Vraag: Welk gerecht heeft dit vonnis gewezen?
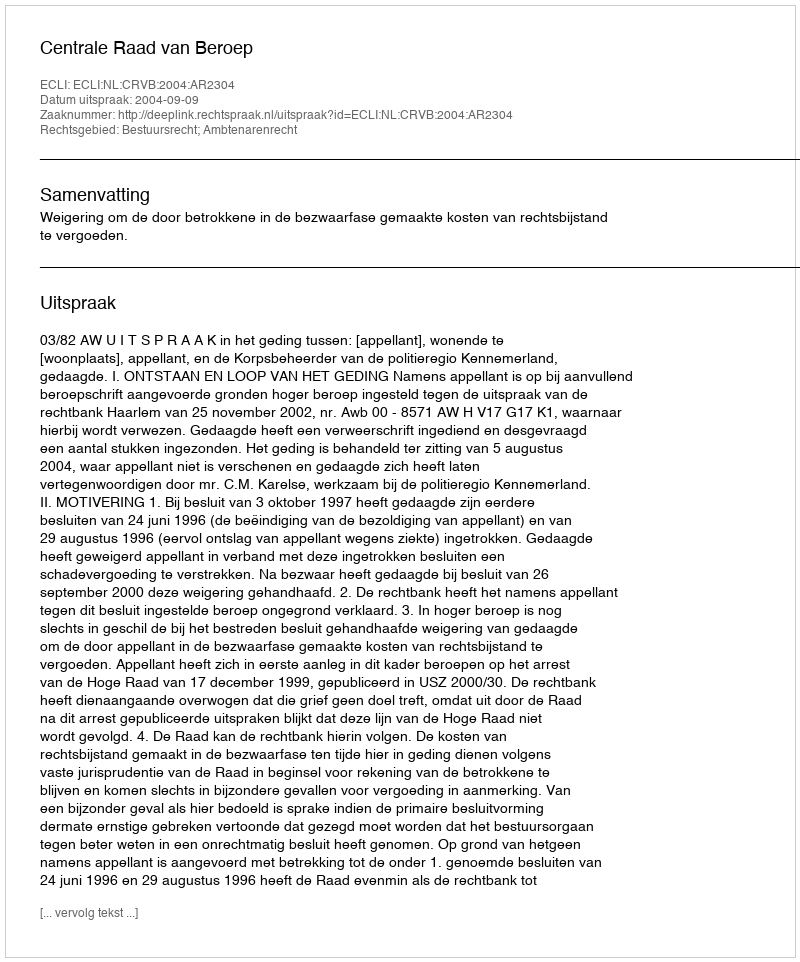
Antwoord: Centrale Raad van Beroep